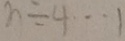
n \div 4 \cdots 1